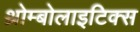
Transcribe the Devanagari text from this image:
थ्रोम्बोलाइटिक्स